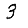
Digit: 3